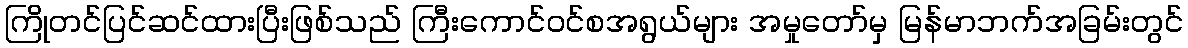
ကြိုတင်ပြင်ဆင်ထားပြီးဖြစ်သည် ကြီးကောင်ဝင်စအရွယ်များ အမှုတော်မှ မြန်မာဘက်အခြမ်းတွင်